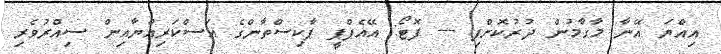
އިއްޔަ އޭނާ މާގާމުން ދުރުކޮށްފި --- ފޮޓޯ: އޭއެފްޕީ ޕާކިސްތާންގެ އަސްކަރިއްޔާއިން ސިއްރުވެރި